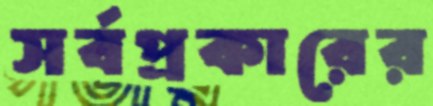
সর্বপ্রকারের